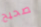
صحيح